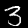
Digit: 3